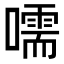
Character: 嚅